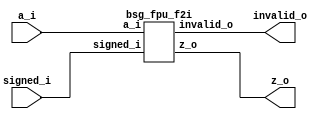


module top
(
  a_i,
  signed_i,
  z_o,
  invalid_o
);

  input [15:0] a_i;
  output [15:0] z_o;
  input signed_i;
  output invalid_o;

  bsg_fpu_f2i
  wrapper
  (
    .a_i(a_i),
    .z_o(z_o),
    .signed_i(signed_i),
    .invalid_o(invalid_o)
  );


endmodule



module bsg_fpu_preprocess_e_p5_m_p10
(
  a_i,
  zero_o,
  nan_o,
  sig_nan_o,
  infty_o,
  exp_zero_o,
  man_zero_o,
  denormal_o,
  sign_o,
  exp_o,
  man_o
);

  input [15:0] a_i;
  output [4:0] exp_o;
  output [9:0] man_o;
  output zero_o;
  output nan_o;
  output sig_nan_o;
  output infty_o;
  output exp_zero_o;
  output man_zero_o;
  output denormal_o;
  output sign_o;
  wire [4:0] exp_o;
  wire [9:0] man_o;
  wire zero_o,nan_o,sig_nan_o,infty_o,exp_zero_o,man_zero_o,denormal_o,sign_o,a_i_15_,
  N0,N1,N2,N3,N5,N6,N7,N8,N9,N10,N11,N12,N13,N14,N15,N16,N17,N19;
  assign a_i_15_ = a_i[15];
  assign sign_o = a_i_15_;
  assign exp_o[4] = a_i[14];
  assign exp_o[3] = a_i[13];
  assign exp_o[2] = a_i[12];
  assign exp_o[1] = a_i[11];
  assign exp_o[0] = a_i[10];
  assign man_o[9] = a_i[9];
  assign man_o[8] = a_i[8];
  assign man_o[7] = a_i[7];
  assign man_o[6] = a_i[6];
  assign man_o[5] = a_i[5];
  assign man_o[4] = a_i[4];
  assign man_o[3] = a_i[3];
  assign man_o[2] = a_i[2];
  assign man_o[1] = a_i[1];
  assign man_o[0] = a_i[0];
  assign N0 = exp_o[3] | exp_o[4];
  assign N1 = exp_o[2] | N0;
  assign N2 = exp_o[1] | N1;
  assign N3 = exp_o[0] | N2;
  assign exp_zero_o = ~N3;
  assign N5 = exp_o[3] & exp_o[4];
  assign N6 = exp_o[2] & N5;
  assign N7 = exp_o[1] & N6;
  assign N8 = exp_o[0] & N7;
  assign N9 = man_o[8] | man_o[9];
  assign N10 = man_o[7] | N9;
  assign N11 = man_o[6] | N10;
  assign N12 = man_o[5] | N11;
  assign N13 = man_o[4] | N12;
  assign N14 = man_o[3] | N13;
  assign N15 = man_o[2] | N14;
  assign N16 = man_o[1] | N15;
  assign N17 = man_o[0] | N16;
  assign man_zero_o = ~N17;
  assign zero_o = exp_zero_o & man_zero_o;
  assign nan_o = N8 & N17;
  assign sig_nan_o = nan_o & N19;
  assign N19 = ~man_o[9];
  assign infty_o = N8 & man_zero_o;
  assign denormal_o = exp_zero_o & N17;

endmodule



module bsg_fpu_f2i
(
  a_i,
  signed_i,
  z_o,
  invalid_o
);

  input [15:0] a_i;
  output [15:0] z_o;
  input signed_i;
  output invalid_o;
  wire [15:0] z_o,shifted,inverted,post_round;
  wire invalid_o,N0,N1,N2,N3,N4,zero,nan,infty,sign,N5,exp_too_big,N6,exp_too_small,N7,
  N8,N9,N10,N11,N12,N13,N14,N15,N16,N17,N18,N19,N20,N21,N22,N23,N24,N25,N26,N27,
  N28,N29,N30,N31,N32,N33,N34,N35,N36,N37,N38,N39,N40,N41,N42,N43,N44,N45,N46,N47,
  N48,N49,N50,N51,N52,N53,N54,N55,N56;
  wire [4:0] exp,shamt;
  wire [9:0] mantissa;
  wire [15:4] preshift;

  bsg_fpu_preprocess_e_p5_m_p10
  preprocess
  (
    .a_i(a_i),
    .zero_o(zero),
    .nan_o(nan),
    .infty_o(infty),
    .sign_o(sign),
    .exp_o(exp),
    .man_o(mantissa)
  );

  assign N5 = exp > { 1'b1, 1'b1, 1'b1, 1'b0, 1'b1 };
  assign N6 = exp > { 1'b1, 1'b1, 1'b1, 1'b1, 1'b0 };
  assign exp_too_small = exp < { 1'b1, 1'b1, 1'b1, 1'b1 };
  assign shifted = { preshift, 1'b0, 1'b0, 1'b0, 1'b0 } >> shamt;
  assign { N11, N10, N9, N8, N7 } = { 1'b1, 1'b1, 1'b1, 1'b0, 1'b1 } - exp;
  assign { N16, N15, N14, N13, N12 } = { 1'b1, 1'b1, 1'b1, 1'b1, 1'b0 } - exp;
  assign post_round = inverted + sign;
  assign exp_too_big = (N0)? N5 : 
                       (N1)? N6 : 1'b0;
  assign N0 = signed_i;
  assign N1 = preshift[15];
  assign preshift[14:4] = (N0)? { 1'b1, mantissa } : 
                          (N1)? { mantissa, 1'b0 } : 1'b0;
  assign shamt = (N0)? { N11, N10, N9, N8, N7 } : 
                 (N1)? { N16, N15, N14, N13, N12 } : 1'b0;
  assign N25 = (N2)? signed_i : 
               (N3)? N56 : 1'b0;
  assign N2 = sign;
  assign N3 = N24;
  assign z_o = (N4)? { preshift[15:15], 1'b1, 1'b1, 1'b1, 1'b1, 1'b1, 1'b1, 1'b1, 1'b1, 1'b1, 1'b1, 1'b1, 1'b1, 1'b1, 1'b1, 1'b1 } : 
               (N27)? { N25, N24, N24, N24, N24, N24, N24, N24, N24, N24, N24, N24, N24, N24, N24, N24 } : 
               (N30)? { 1'b0, 1'b0, 1'b0, 1'b0, 1'b0, 1'b0, 1'b0, 1'b0, 1'b0, 1'b0, 1'b0, 1'b0, 1'b0, 1'b0, 1'b0, 1'b0 } : 
               (N33)? { 1'b0, 1'b0, 1'b0, 1'b0, 1'b0, 1'b0, 1'b0, 1'b0, 1'b0, 1'b0, 1'b0, 1'b0, 1'b0, 1'b0, 1'b0, 1'b0 } : 
               (N36)? { sign, N24, N24, N24, N24, N24, N24, N24, N24, N24, N24, N24, N24, N24, N24, N24 } : 
               (N39)? { 1'b0, 1'b0, 1'b0, 1'b0, 1'b0, 1'b0, 1'b0, 1'b0, 1'b0, 1'b0, 1'b0, 1'b0, 1'b0, 1'b0, 1'b0, 1'b0 } : 
               (N23)? post_round : 1'b0;
  assign N4 = nan;
  assign invalid_o = (N4)? 1'b1 : 
                     (N27)? 1'b1 : 
                     (N30)? 1'b1 : 
                     (N33)? 1'b0 : 
                     (N36)? 1'b1 : 
                     (N39)? 1'b0 : 
                     (N23)? 1'b0 : 1'b0;
  assign inverted[15] = N40 ^ shifted[15];
  assign N40 = signed_i & sign;
  assign inverted[14] = N41 ^ shifted[14];
  assign N41 = signed_i & sign;
  assign inverted[13] = N42 ^ shifted[13];
  assign N42 = signed_i & sign;
  assign inverted[12] = N43 ^ shifted[12];
  assign N43 = signed_i & sign;
  assign inverted[11] = N44 ^ shifted[11];
  assign N44 = signed_i & sign;
  assign inverted[10] = N45 ^ shifted[10];
  assign N45 = signed_i & sign;
  assign inverted[9] = N46 ^ shifted[9];
  assign N46 = signed_i & sign;
  assign inverted[8] = N47 ^ shifted[8];
  assign N47 = signed_i & sign;
  assign inverted[7] = N48 ^ shifted[7];
  assign N48 = signed_i & sign;
  assign inverted[6] = N49 ^ shifted[6];
  assign N49 = signed_i & sign;
  assign inverted[5] = N50 ^ shifted[5];
  assign N50 = signed_i & sign;
  assign inverted[4] = N51 ^ shifted[4];
  assign N51 = signed_i & sign;
  assign inverted[3] = N52 ^ shifted[3];
  assign N52 = signed_i & sign;
  assign inverted[2] = N53 ^ shifted[2];
  assign N53 = signed_i & sign;
  assign inverted[1] = N54 ^ shifted[1];
  assign N54 = signed_i & sign;
  assign inverted[0] = N55 ^ shifted[0];
  assign N55 = signed_i & sign;
  assign N17 = N56 & sign;
  assign N56 = ~signed_i;
  assign N18 = infty | nan;
  assign N19 = N17 | N18;
  assign N20 = zero | N19;
  assign N21 = exp_too_big | N20;
  assign N22 = exp_too_small | N21;
  assign N23 = ~N22;
  assign preshift[15] = N56;
  assign N24 = ~sign;
  assign N26 = ~nan;
  assign N27 = infty & N26;
  assign N28 = ~infty;
  assign N29 = N26 & N28;
  assign N30 = N17 & N29;
  assign N31 = ~N17;
  assign N32 = N29 & N31;
  assign N33 = zero & N32;
  assign N34 = ~zero;
  assign N35 = N32 & N34;
  assign N36 = exp_too_big & N35;
  assign N37 = ~exp_too_big;
  assign N38 = N35 & N37;
  assign N39 = exp_too_small & N38;

endmodule